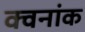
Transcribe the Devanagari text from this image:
क्वनांक